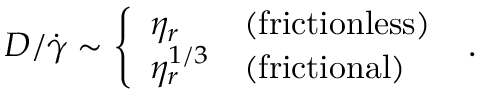
D / \dot { \gamma } \sim \left\{ \begin{array} { l l } { \eta _ { r } } & { ( \mathrm { { f r i c t i o n l e s s } } ) } \\ { \eta _ { r } ^ { 1 / 3 } } & { ( \mathrm { { f r i c t i o n a l } } ) } \end{array} \right. ~ .